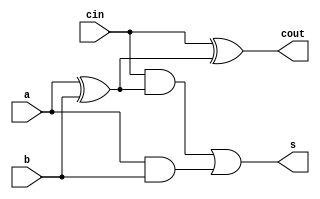
/*
	*Projeto01.v
	*Descrio:SOmador completo em verilog.
*/
module Projeto_01(input a, b, cin, output s, cout);
	wire [2:0] x;
	
   xor U1(x[0],a,b);
   xor U2(cout,cin,x[0]);
	and U3(x[1],cin,x[0]);
	and U4(x[2],a,b);
	or  U5(s,x[1],x[2]);
endmodule